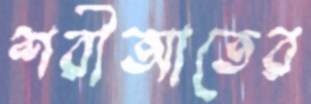
শরীআতের